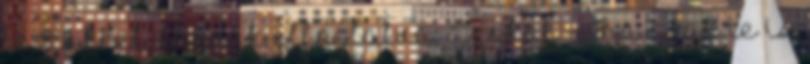
testükkel vannak elfoglalva, azokat --- ha csak te is